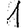
Digit: 1